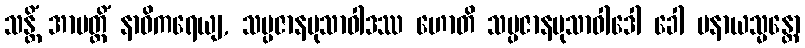
သန္တိံ အာပတ္တိံ နာဝိကရေယျ, သမ္ပဇာနမုသာဝါဒဿ ဟောတိ သမ္ပဇာနမုသာဝါဒေါ ခေါ ပနာယသ္မန္တော